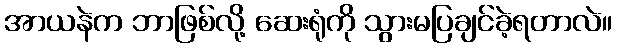
အာယနဲက ဘာဖြစ်လို့ ဆေးရုံကို သွားမပြချင်ခဲ့ရတာလဲ။